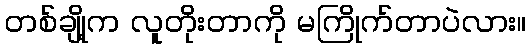
တစ်ချို့က လူတိုးတာကို မကြိုက်တာပဲလား။